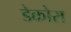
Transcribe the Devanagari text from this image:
डेकोरा